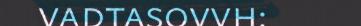
vadtasovvh: